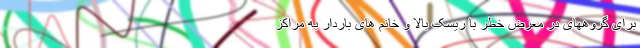
برای گروههای در معرض خطر با ریسک بالا و خانم های باردار به مراکز